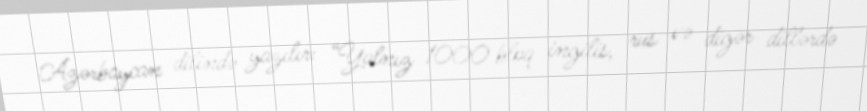
Azərbaycan dilində yazılır: “Yalnız 1000 bloq ingilis, rus və digər dillərdə